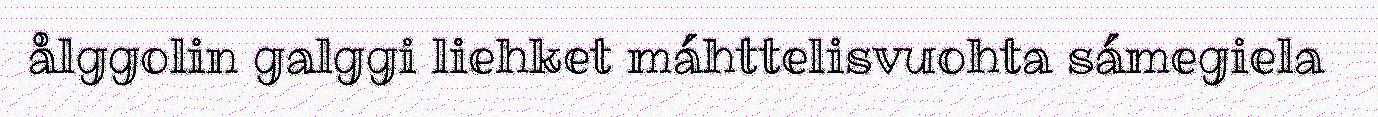
ålggolin galggi liehket máhttelisvuohta sámegiela